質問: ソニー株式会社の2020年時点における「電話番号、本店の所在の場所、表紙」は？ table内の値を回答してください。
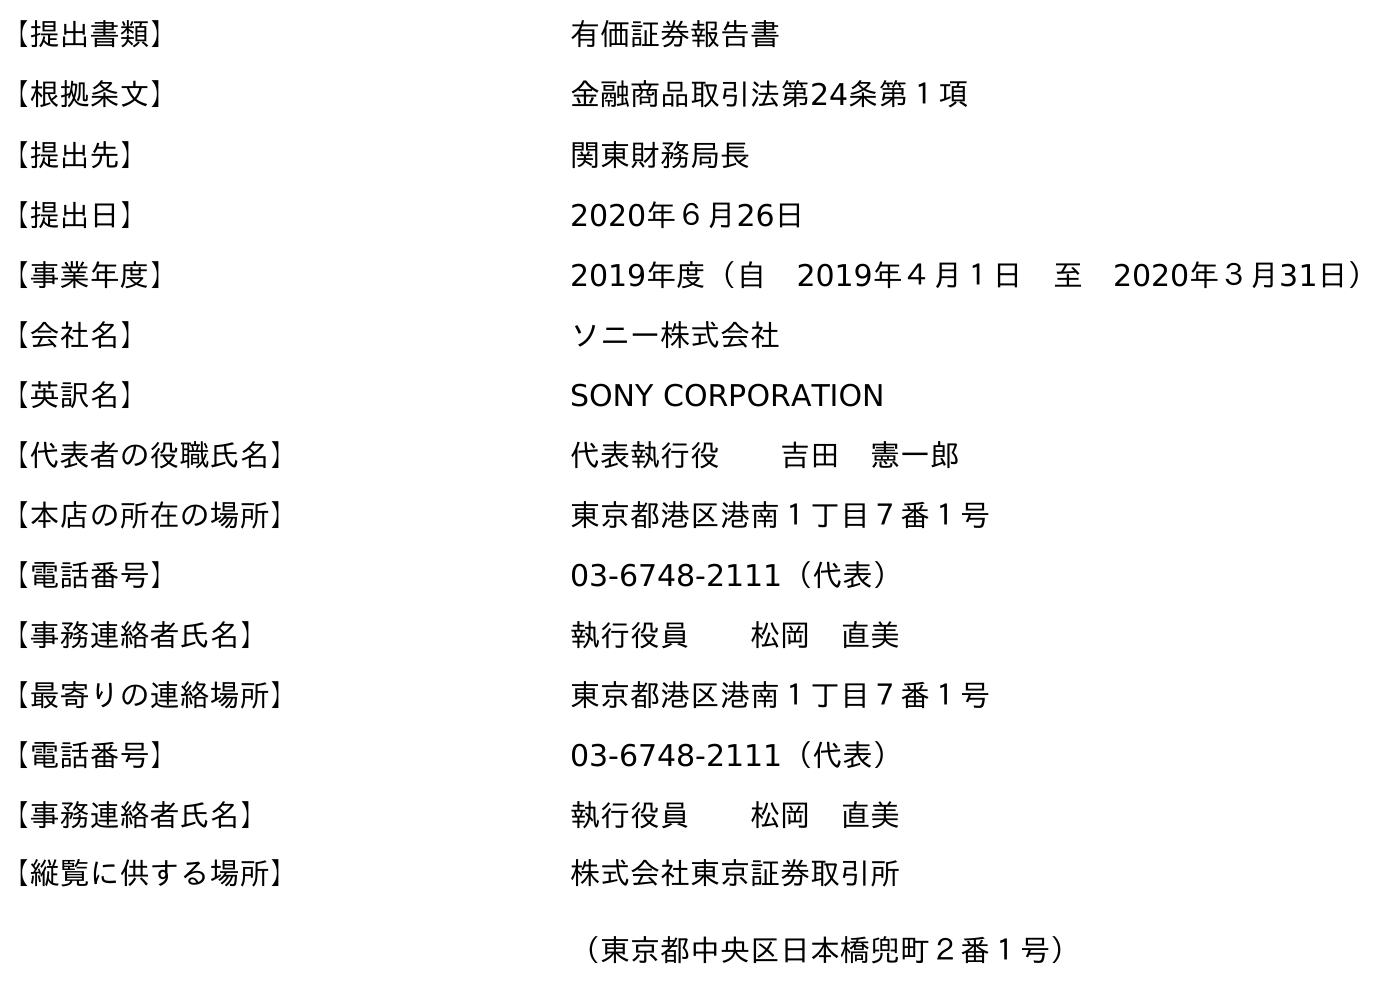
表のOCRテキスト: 【提出書類】 有価証券報告書 【根拠条文】 金融商品取引法第24条第１項 【提出先】 関東財務局長 【提出日】 2020年６月26日 【事業年度】 2019年度（自 2019年４月１日 至 2020年３月31日） 【会社名】 ソニー株式会社 【英訳名】 SONY CORPORATION 【代表者の役職氏名】 代表執行役  吉田 憲一郎 【本店の所在の場所】 東京都港区港南１丁目７番１号 【電話番号】 03-6748-2111（代表） 【事務連絡者氏名】 執行役員  松岡 直美 【最寄りの連絡場所】 東京都港区港南１丁目７番１号 【電話番号】 03-6748-2111（代表） 【事務連絡者氏名】 執行役員  松岡 直美 【縦覧に供する場所】 株式会社東京証券取引所 （東京都中央区日本橋兜町２番１号）
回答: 03-6748-2111（代表）